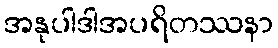
အနုပါဒါအပရိတဿနာ